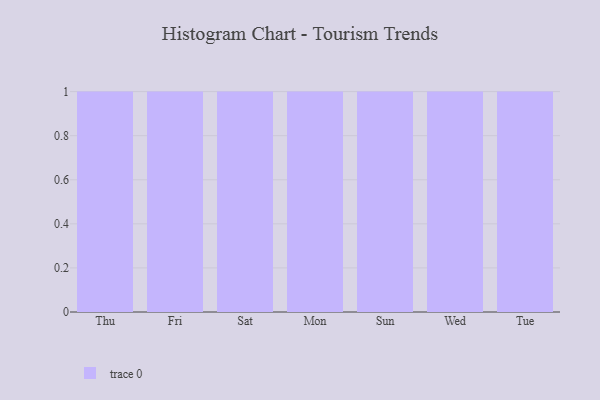
{"axis": {"x": "Day", "y": "Production Output"}, "legend": [""], "data": [{"x": "Thu", "y": 81, "type": ""}, {"x": "Fri", "y": 59, "type": ""}, {"x": "Sat", "y": 4, "type": ""}, {"x": "Mon", "y": 37, "type": ""}, {"x": "Sun", "y": 54, "type": ""}, {"x": "Wed", "y": 10, "type": ""}, {"x": "Tue", "y": 2, "type": ""}]}